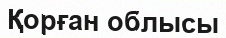
Қорған облысы